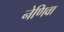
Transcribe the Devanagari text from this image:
नेणिवा